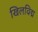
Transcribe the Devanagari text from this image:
खिलविद्म